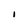
Character: I